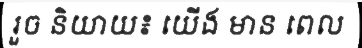
រួច និយាយ៖ យើង មាន ពេល